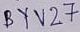
Text: BYV27